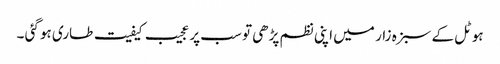
ہوٹل کے سبزہ زار میں اپنی نظم پڑھی تو سب پر عجیب کیفیت طاری ہو گئی ۔